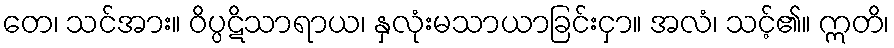
တေ၊ သင်အား။ ဝိပ္ပဋိသာရာယ၊ နှလုံးမသာယာခြင်းငှာ။ အလံ၊ သင့်၏။ ဣတိ၊